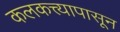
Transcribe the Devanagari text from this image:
कलकत्त्यापासून